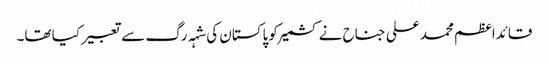
قائداعظم محمد علی جناح نے کشمیر کو پاکستان کی شہہ رگ سے تعبیر کیا تھا۔